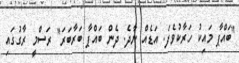
"ބައްޕާ މައިކު ހަރާކުވެފަ. އަޑެއް ނާދެ. ދެން ބައްޕާ ބަރާބަރަ" ރަސްމީ ރާގުގައި